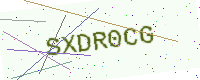
Text: SXDR0CG